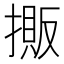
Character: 𢴔